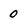
Character: 0